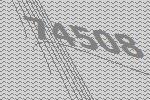
74508